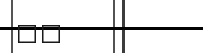
١٢